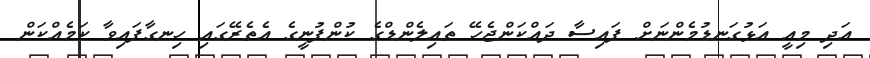
އަދި މިއީ އަޅުގަނޑުމެންނަށް ފައިސާ ދައްކަންޖެހޭ ތައިލެންޑްގެ ކުންފުނީގެ އެތެރޭގައި ހިނގާފައިވާ ކަމެއްކަން